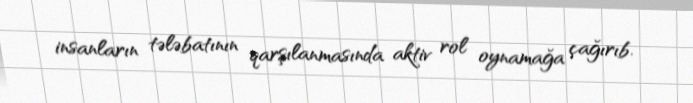
insanların tələbatının qarşılanmasında aktiv rol oynamağa çağırıb.